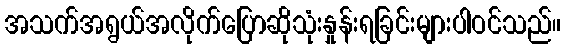
အသက်အရွယ်အလိုက်ပြောဆိုသုံးနှုန်းရခြင်းများပါဝင်သည်။